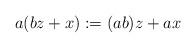
LaTeX: \begin{align*}& a(bz+x):=(ab)z+ax\end{align*}